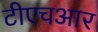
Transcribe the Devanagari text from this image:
टीएचआर